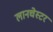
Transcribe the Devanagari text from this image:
लानचेस्टर